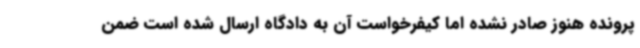
پرونده هنوز صادر نشده اما کیفرخواست آن به دادگاه ارسال شده است ضمن